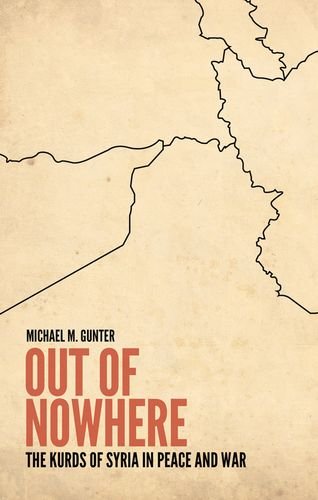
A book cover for Out of Nowhere: The Kurds of Syria in Peace and War; Michael Gunter; History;